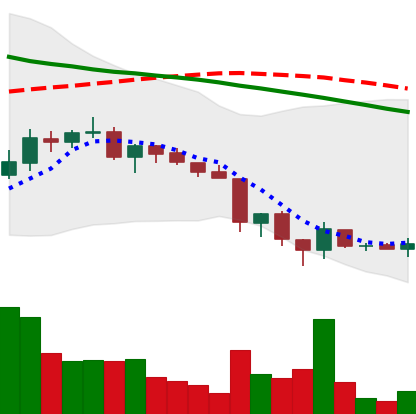
Ticker: ADA-USD
Chart end date: 2018-06-18
Forward return: -15.994%
Label: down_7plus